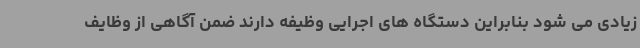
زیادی می شود بنابراین دستگاه های اجرایی وظیفه دارند ضمن آگاهی از وظایف